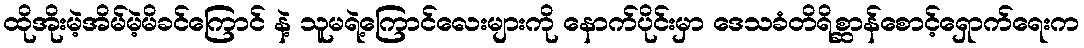
ထိုအိုးမဲ့အိမ်မဲ့မိခင်ကြောင် နဲ့ သူမရဲ့ကြောင်လေးများကို နောက်ပိုင်းမှာ ဒေသခံတိရိစ္ဆာန်စောင့်ရှောက်ရေးက